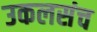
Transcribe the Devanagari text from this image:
उकलसंच